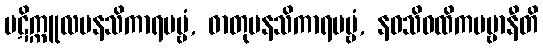
ပဋိက္ကူလမနသိကာရပဗ္ဗံ, ဓာတုမနသိကာရပဗ္ဗံ, နဝသိဝထိကပဗ္ဗာနီတိ